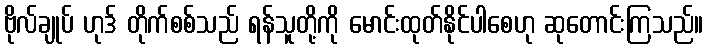
ဗိုလ်ချုပ် ဟုဒ် တိုက်စစ်သည် ရန်သူတို့ကို မောင်းထုတ်နိုင်ပါစေဟု ဆုတောင်းကြသည်။